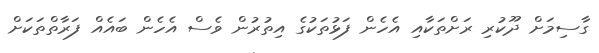
ގާސިމަށް ދޫކުރި ރަށްތަކާއި އެހެން ފަޅުތަކުގެ އިތުރުން ވެސް އެހެން ބައެއް ފަރާތްތަކަށް